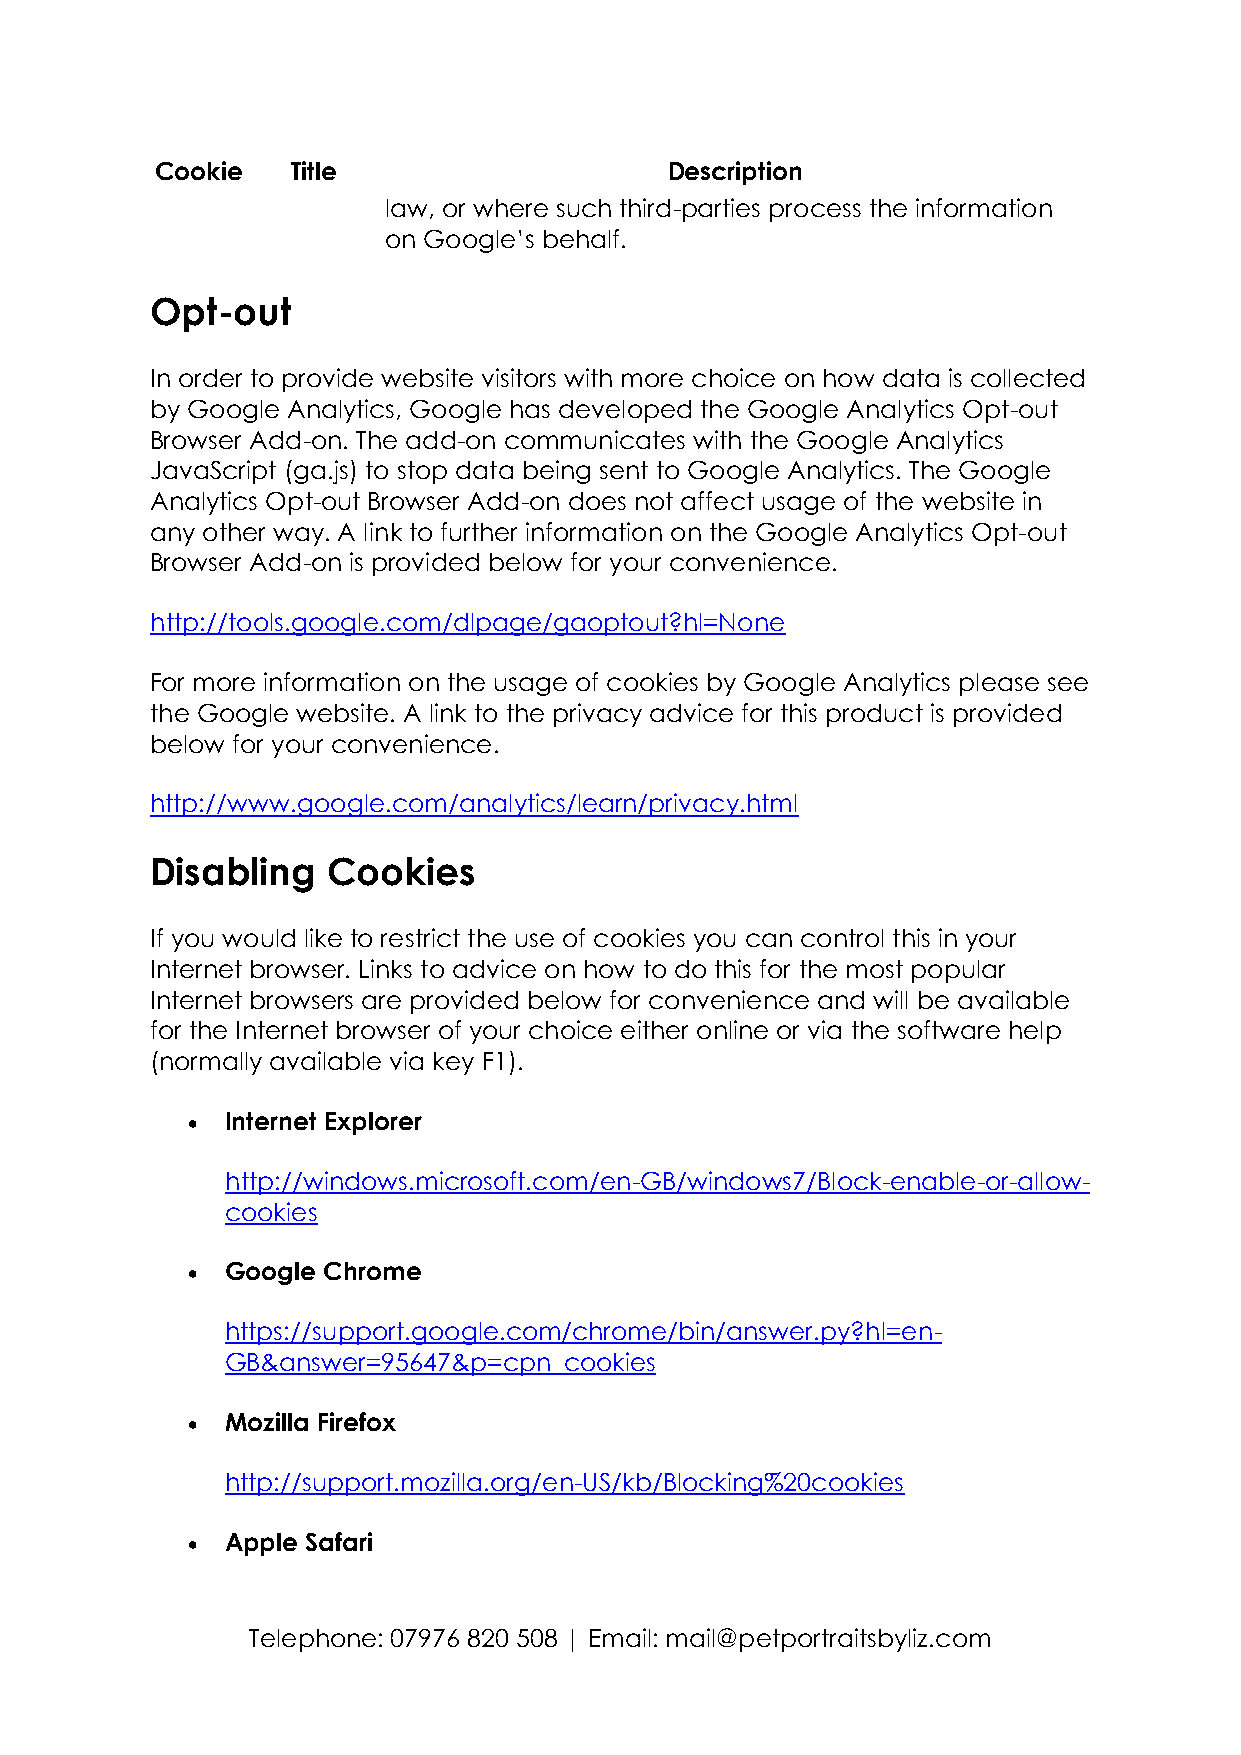
Cookie   Title                    Description
 law, or where such third-parties process the information
 on Google’s behalf.
 Opt-out
 In order to provide website visitors with more choice on how data is collected
 by Google Analytics, Google has developed the Google Analytics Opt-out
 Browser Add-on. The add-on communicates with the Google Analytics
 JavaScript (ga.js) to stop data being sent to Google Analytics. The Google
 Analytics Opt-out Browser Add-on does not affect usage of the website in
 any other way. A link to further information on the Google Analytics Opt-out
 Browser Add-on is provided below for your convenience.
 http://tools.google.com/dlpage/gaoptout?hl=None
 For more information on the usage of cookies by Google Analytics please see
 the Google website. A link to the privacy advice for this product is provided
 below for your convenience.
 http://www.google.com/analytics/learn/privacy.html
 Disabling   Cookies
 If you would like to restrict the use of cookies you can control this in your
 Internet browser. Links to advice on how to do this for the most popular
 Internet browsers are provided below for convenience and will be available
 for the Internet browser of your choice either online or via the software help
 (normally available via key F1).
 •  Internet Explorer
 http://windows.microsoft.com/en-GB/windows7/Block-enable-or-allow-
 cookies
 •  Google Chrome
 https://support.google.com/chrome/bin/answer.py?hl=en-
 GB&answer=95647&p=cpn_cookies
 •  Mozilla Firefox
 http://support.mozilla.org/en-US/kb/Blocking%20cookies
 •  Apple Safari
 Telephone: 07976 820 508 | Email: mail@petportraitsbyliz.com